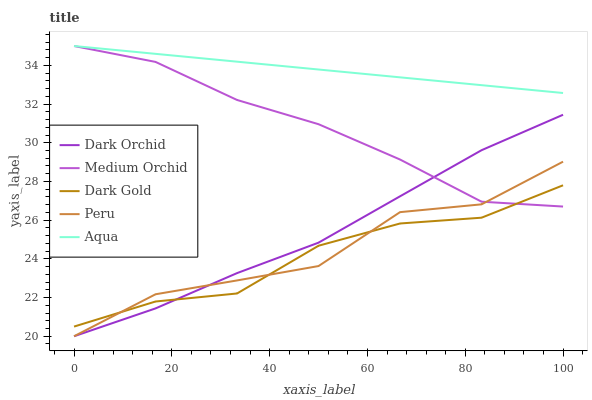
| xaxis_label | Dark Orchid | Medium Orchid | Dark Gold | Peru | Aqua |
 | --- | --- | --- | --- | --- | --- |
 | 0 | 20 | 35 | 20.5 | 20 | 35 |
 | 16.7 | 21.4 | 34.2 | 21.8 | 22.2 | 34.6 |
 | 33.3 | 23.3 | 32.2 | 22.2 | 22.9 | 34.2 |
 | 50 | 24.8 | 31 | 24.7 | 23.6 | 33.8 |
 | 66.7 | 27.2 | 29.1 | 25.8 | 26.4 | 33.4 |
 | 83.3 | 29.6 | 27 | 26.1 | 26.8 | 33 |
 | 100 | 31.4 | 26.7 | 27.8 | 29 | 32.6 |